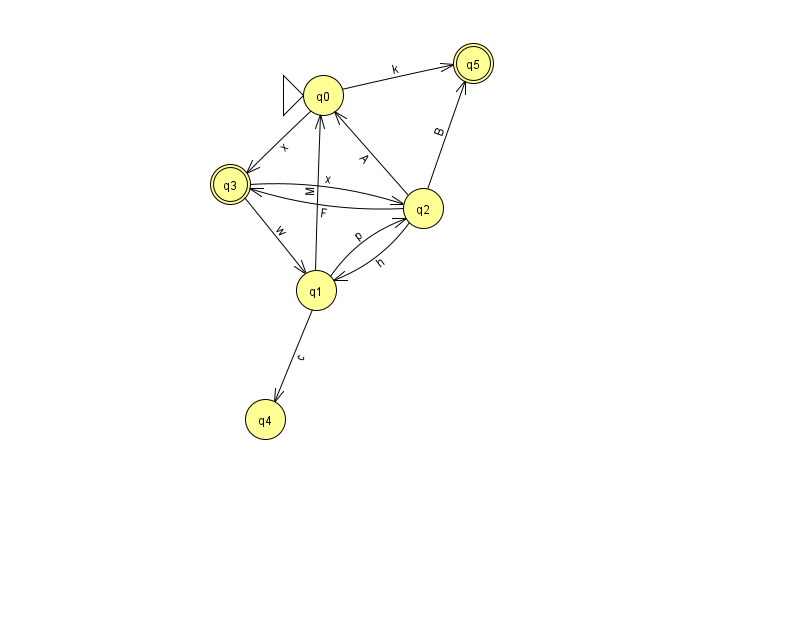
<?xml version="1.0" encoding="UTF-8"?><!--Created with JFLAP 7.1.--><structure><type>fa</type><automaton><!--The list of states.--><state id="0" name="q0"><x>323.0</x><y>82.0</y><initial/></state><state id="1" name="q1"><x>316.0</x><y>277.0</y></state><state id="2" name="q2"><x>423.0</x><y>195.0</y></state><state id="3" name="q3"><x>230.0</x><y>171.0</y><final/></state><state id="4" name="q4"><x>265.0</x><y>406.0</y></state><state id="5" name="q5"><x>473.0</x><y>50.0</y><final/></state><!--The list of transitions.--><transition><from>1</from><to>2</to><read>p</read></transition><transition><from>3</from><to>2</to><read>x</read></transition><transition><from>2</from><to>5</to><read>B</read></transition><transition><from>0</from><to>5</to><read>k</read></transition><transition><from>1</from><to>0</to><read>M</read></transition><transition><from>0</from><to>3</to><read>x</read></transition><transition><from>1</from><to>4</to><read>c</read></transition><transition><from>2</from><to>1</to><read>h</read></transition><transition><from>2</from><to>0</to><read>A</read></transition><transition><from>2</from><to>3</to><read>F</read></transition><transition><from>3</from><to>1</to><read>w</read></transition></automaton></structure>